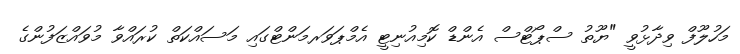
މަހުލޫފް ވިދާޅުވީ "ޔޫތު ސްޕޯޓްސް އެންޑް ކޮމިއުނިޓީ އެމްޕަވަރމަންޓްގައި މަސައްކަތް ކުރައްވާ މުވައްޒަފުންގެ